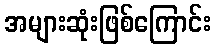
အများဆုံးဖြစ်ကြောင်း